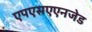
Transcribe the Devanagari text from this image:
एपएसएएनजेड